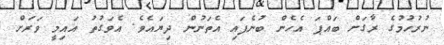
ނުރުހުމުގެ ރާގަށް ބައްޕަ އެހެން ބުނެފައި އެތަނުން ދިޔައެވެ. އެވަގުތު އައިމީ ވަރަށް